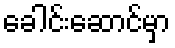
ခေါင်းဆောင်မှာ